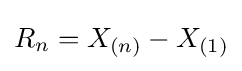
R_{n}=X_{(n)}-X_{(1)}